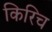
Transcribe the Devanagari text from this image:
किरिच